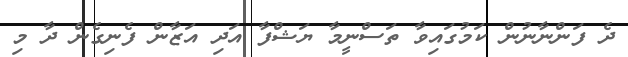
ދެ ފަންނާނުން ކަމުގައިވާ ތަސްނީމާ ޔަޝްފާ އަދި އަޒާން ފެނިގެން ދާ މި